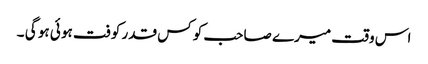
اس وقت میرے صاحب کو کس قدر کوفت ہو ئی ہو گی ۔